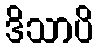
ဒိသာပိ